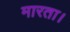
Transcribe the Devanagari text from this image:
मारता।